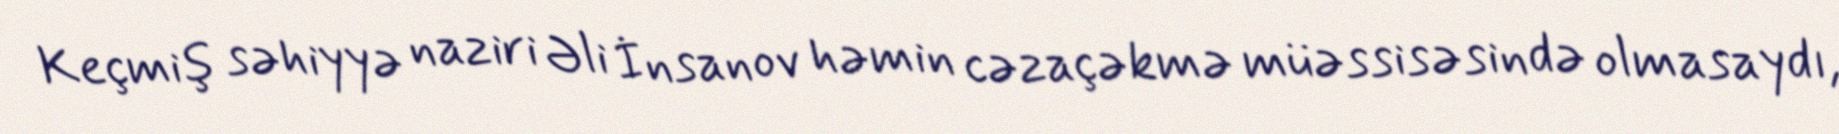
Keçmiş səhiyyə naziri Əli İnsanov həmin cəzaçəkmə müəssisəsində olmasaydı,